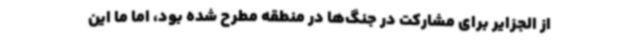
از الجزایر برای مشارکت در جنگ‌ها در منطقه مطرح شده بود، اما ما این